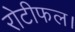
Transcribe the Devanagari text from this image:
रोटीफल।